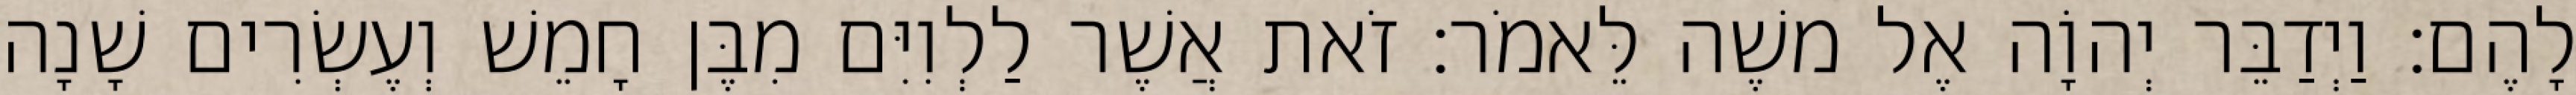
לָהֶם׃ וַיְדַבֵּר יְהוָֹה אֶל משֶׁה לֵּאמֹר׃ זֹאת אֲשֶׁר לַלְוִיִּם מִבֶּן חָמֵשׁ וְעֶשְׂרִים שָׁנָה